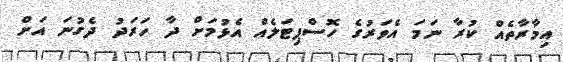
އިމާރާތެއް ކުރާ ނަމަ އެވަރުގެ ހޮސްޕިޓަލެއް އެޅުމަށް ދާ ހަރަދު ދެގުނަ އަށް